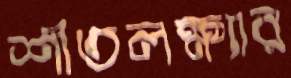
শীতলক্ষ্যার